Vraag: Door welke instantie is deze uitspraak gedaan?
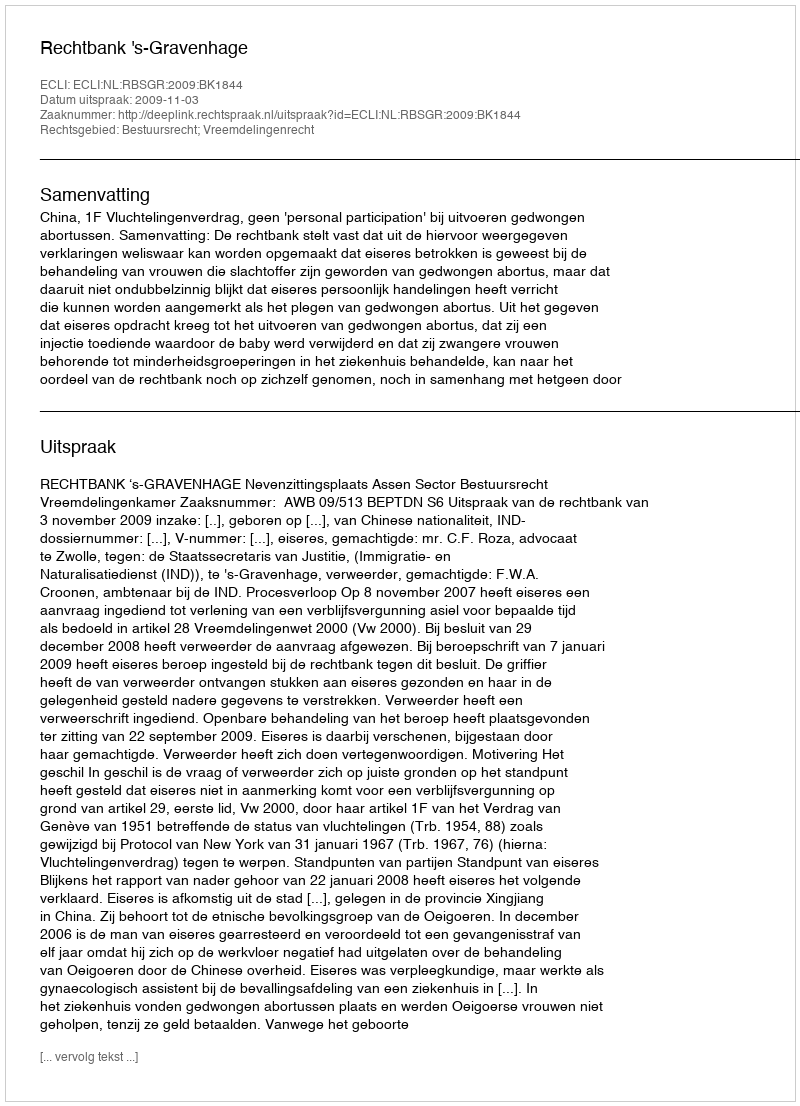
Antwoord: Rechtbank 's-Gravenhage